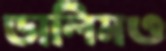
ডালিমও